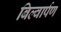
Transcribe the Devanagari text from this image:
बिल्वार्पण